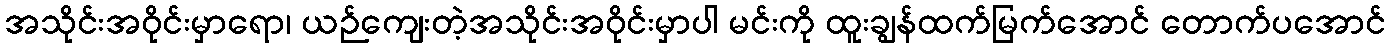
အသိုင်းအဝိုင်းမှာရော၊ ယဉ်ကျေးတဲ့အသိုင်းအဝိုင်းမှာပါ မင်းကို ထူးချွန်ထက်မြက်အောင် တောက်ပအောင်